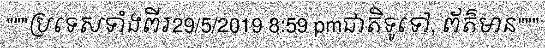
"""ប្រទេសទាំងពីរ29/5/2019 8:59 pmជាតិទូទៅ, ព័ត៌មាន"""